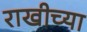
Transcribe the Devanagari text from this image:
राखीच्या